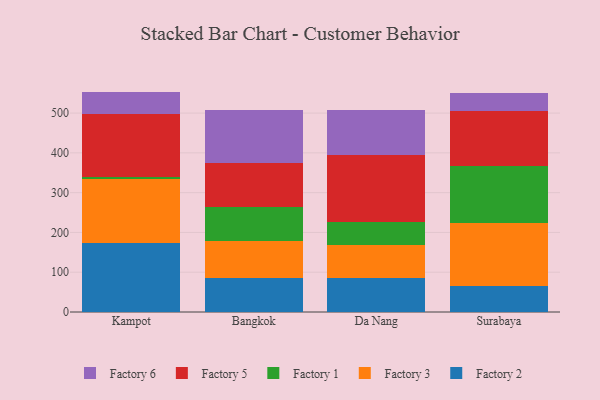
{"axis": {"x": "City", "y": "Conversion Rate (%)"}, "legend": ["Factory 1", "Factory 2", "Factory 3", "Factory 5", "Factory 6"], "data": [{"x": "Kampot", "y": 173.8, "type": "Factory 2"}, {"x": "Kampot", "y": 159.7, "type": "Factory 3"}, {"x": "Kampot", "y": 6.3, "type": "Factory 1"}, {"x": "Kampot", "y": 159.1, "type": "Factory 5"}, {"x": "Kampot", "y": 55.1, "type": "Factory 6"}, {"x": "Bangkok", "y": 86.4, "type": "Factory 2"}, {"x": "Bangkok", "y": 90.9, "type": "Factory 3"}, {"x": "Bangkok", "y": 86.3, "type": "Factory 1"}, {"x": "Bangkok", "y": 109.9, "type": "Factory 5"}, {"x": "Bangkok", "y": 134.0, "type": "Factory 6"}, {"x": "Da Nang", "y": 84.6, "type": "Factory 2"}, {"x": "Da Nang", "y": 83.6, "type": "Factory 3"}, {"x": "Da Nang", "y": 57.1, "type": "Factory 1"}, {"x": "Da Nang", "y": 169.9, "type": "Factory 5"}, {"x": "Da Nang", "y": 111.5, "type": "Factory 6"}, {"x": "Surabaya", "y": 66.4, "type": "Factory 2"}, {"x": "Surabaya", "y": 156.8, "type": "Factory 3"}, {"x": "Surabaya", "y": 144.5, "type": "Factory 1"}, {"x": "Surabaya", "y": 137.1, "type": "Factory 5"}, {"x": "Surabaya", "y": 45.2, "type": "Factory 6"}]}